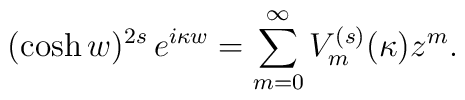
(\cosh w)^{2s}\,e^{i\kappa w}=\sum_{m=0}^{\infty} V_m^{(s)}(\kappa)z^m.